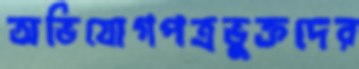
অভিযোগপত্রভুক্তদের